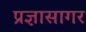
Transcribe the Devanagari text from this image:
प्रज्ञासागर